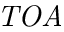
\it T O A